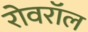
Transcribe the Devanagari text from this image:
रोवरॉल